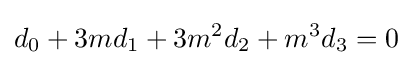
d_{0}+3md_{1}+3m^{2}d_{2}+m^{3}d_{3}=0